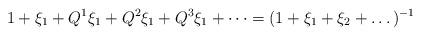
LaTeX: \begin{align*} 1 + \xi_1 + Q^1 \xi_1 + Q^2 \xi_1 + Q^3 \xi_1 + \dots = (1 + \xi_1 + \xi_2 + \dots)^{-1} \end{align*}